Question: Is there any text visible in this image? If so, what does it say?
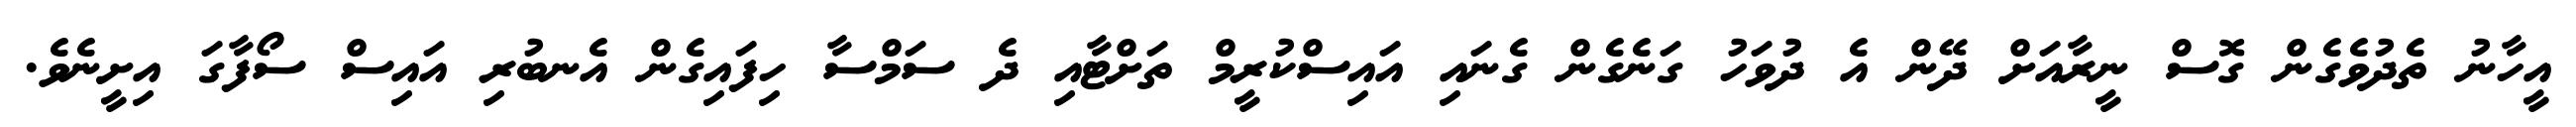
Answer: އީހާނު ތެދުވެގެން ގޮސް ނީރާއަށް ދޭން އެ ދުވަހު ގަނެގެން ގެނައި އައިސްކުރީމް ތަށްޓާއި ދެ ސަމްސާ ހިފައިގެން އެނބުރި އައިސް ސޯފާގަ އިށީނެވެ.